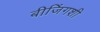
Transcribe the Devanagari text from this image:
बीजिंगशी